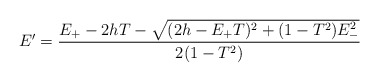
\begin{align*}E' = \frac{E_+-2hT - \sqrt{(2h-E_+ T)^2+(1-T^2)E_-^2}}{2(1-T^2)}\end{align*}